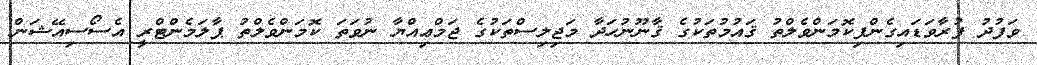
ވަފުދު ފުރާވަޑައިގެންފިކޮމަންވެލްތު ޤައުމުތަކުގެ ޤާނޫނުހަދާ މަޖިލިސްތަކުގެ ޖަމްޢިއްޔާ ނުވަތަ ކޮމަންވެލްތު ޕާލަމެންޓްރީ އެސޯސިއޭޝަން